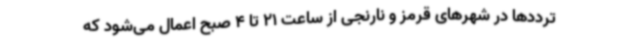
ترددها در شهرهای قرمز و نارنجی از ساعت 21 تا 4 صبح اعمال می‌شود که